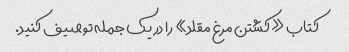
کتاب «کشتن مرغ مقلد» را در یک جمله توصیف کنید.